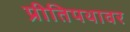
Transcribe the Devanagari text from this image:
प्रीतिपथावर